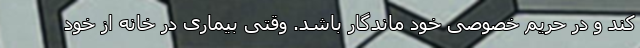
کند و در حریم خصوصی خود ماندگار باشد. وقتی بیماری در خانه از خود